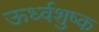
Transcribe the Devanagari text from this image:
ऊर्ध्वशुष्क